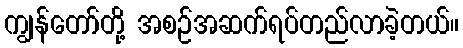
ကျွန်တော်တို့ အစဉ်အဆက်ရပ်တည်လာခဲ့တယ်။